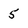
Character: 5